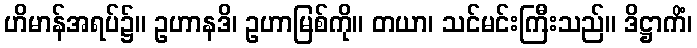
ဟိမာန်အရပ်၌။ ဥဟာနဒိ၊ ဥဟာမြစ်ကို။ တယာ၊ သင်မင်းကြီးသည်။ ဒိဋ္ဌာကိံ၊